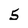
Character: 5